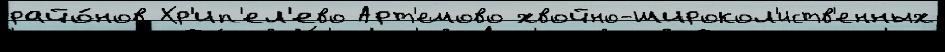
райо́нов Хр'ип'ел'ево Арт'емово хвойно-широкол'иств'енных